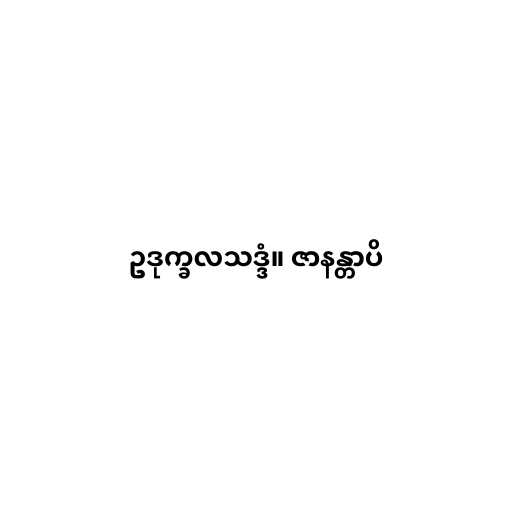
ဥဒုက္ခလသဒ္ဒံ။ ဇာနန္တာပိ